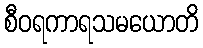
စီဝရကာရသမယောတိ